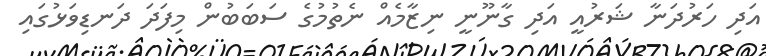
އަދި ހަރުދަނާ ޝަރުއީ އަދި ގާނޫނީ ނިޒާމެއް ނެތުމުގެ ސަބަބުން މިފަދަ ދަނޑިވަޅުގައި